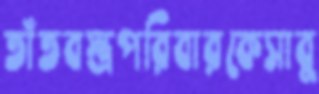
তাঁতবস্ত্রপরিবারকেসাবু